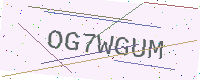
Text: OG7WGUM